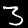
Label: 3